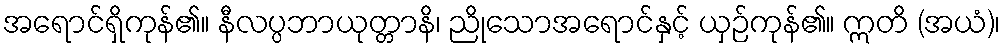
အရောင်ရှိကုန်၏။ နီလပ္ပဘာယုတ္တာနိ၊ ညိုသောအရောင်နှင့် ယှဉ်ကုန်၏။ ဣတိ (အယံ)၊